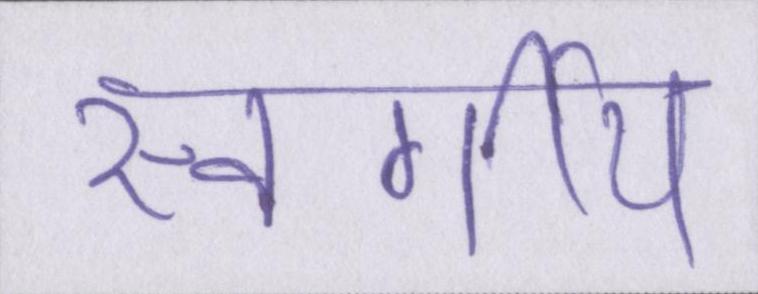
स्वर्गीय